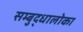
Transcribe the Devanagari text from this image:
सम्बुद्धालोका